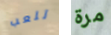
تلعب مرة